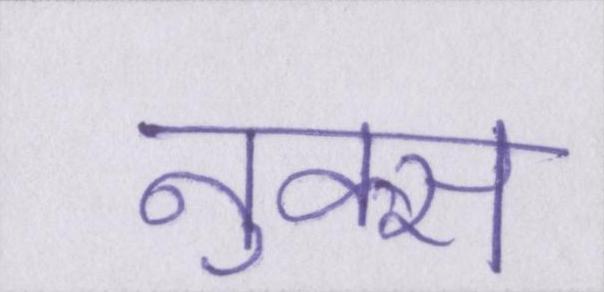
नुक्स